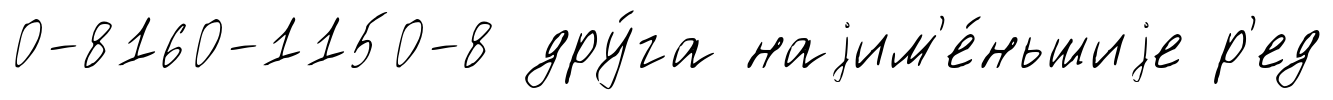
0-8160-1150-8 дру́га наjим'е́ньшиjе р'ед